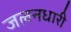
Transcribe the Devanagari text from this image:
जलनधारी